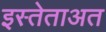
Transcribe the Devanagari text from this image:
इस्तेताअत